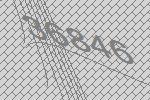
36846